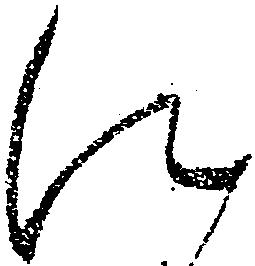
す